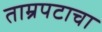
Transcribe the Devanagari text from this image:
ताम्रपटाचा